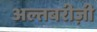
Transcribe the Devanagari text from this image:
अल्तबरीज़ी